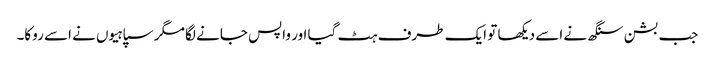
جب بشن سنگھ نے اسے دیکھا تو ایک طرف ہٹ گیا اور واپس جانے لگا مگر سپاہیوں نے اسے روکا۔